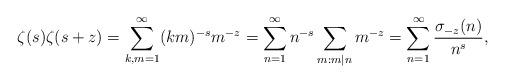
LaTeX: \begin{align*}\zeta(s)\zeta(s+z)&=\sum_{k,m=1}^\infty (km)^{-s} m^{-z} =\sum_{n=1}^\infty n^{-s}\sum_{m: m|n} m^{-z}=\sum_{n=1}^\infty \frac{\sigma_{-z}(n)}{n^s},\end{align*}